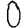
Digit: 0